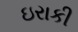
ઇરાકી